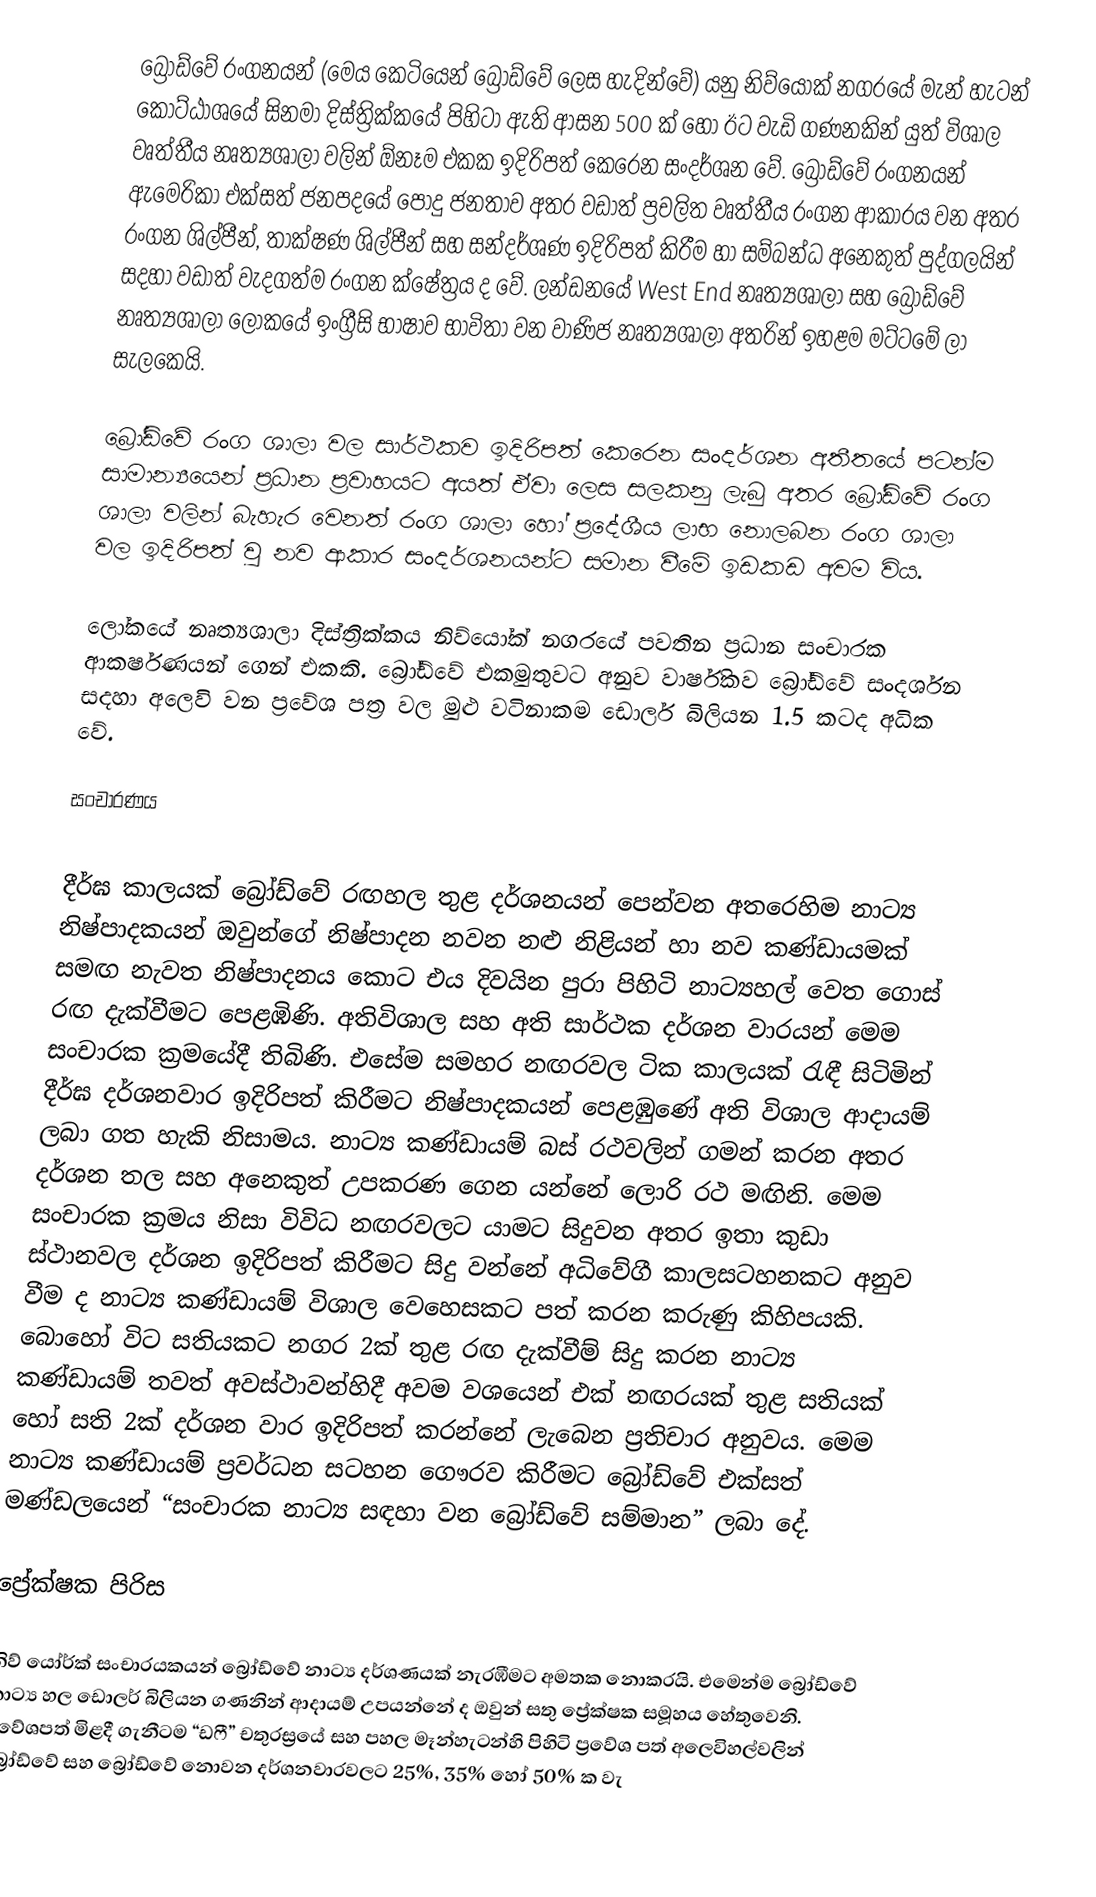
බ්‍රෝඩ්වේ රංගනයන් (මෙය කෙටියෙන් බ්‍රෝඩ්වේ ලෙස හැදින්වේ) යනු නිව්යෝක් නගරයේ මැන් හැටන් කොට්ඨාශයේ සිනමා දිස්ත්‍රික්කයේ පිහිටා ඇති ආසන 500 ක් හෝ ඊට වැඩි ගණනකින් යුත් විශාල වෘත්තීය නෘත්‍යශාලා වලින් ඕනෑම එකක ඉදිරිපත් කෙරෙන සංදර්ශන වේ. බ්‍රෝඩ්වේ රංගනයන් ඇමෙරිකා එක්සත් ජනපදයේ පොදු ජනතාව අතර වඩාත් ප්‍රචලිත වෘත්තීය රංගන ආකාරය වන අතර රංගන ශිල්පීන්, තාක්ෂණ ශිල්පීන් සහ සන්දර්ශණ ඉදිරිපත් කිරීම හා සම්බන්ධ අනෙකුත් පුද්ගලයින් සදහා වඩාත් වැදගත්ම රංගන ක්ෂේත්‍රය ද වේ. ලන්ඩනයේ West End නෘත්‍යශාලා සහ බ්‍රෝඩ්වේ නෘත්‍යශාලා ලෝකයේ ඉංග්‍රීසි භාෂාව භාවිතා වන වාණිජ නෘත්‍යශාලා අතරින් ඉහළම මට්ටමේ ලා සැලකෙයි.

බ්‍රෝඩ්වේ රංග ශාලා වල සාර්ථකව ඉදිරිපත් කෙරෙන සංදර්ශන අතීතයේ පටන්ම සාමාන්‍යයෙන් ප්‍රධාන ප්‍රවාහයට අයත් ඒවා ලෙස සලකනු ලැබු අතර බ්‍රෝඩ්වේ රංග ශාලා වලින් බැහැර වෙනත් රංග ශාලා හෝ ප්‍රදේශීය ලාභ නොලබන රංග ශාලා වල ඉදිරිපත් වු නව ආකාර සංදර්ශනයන්ට සමාන වීමේ ඉඩකඩ අවම විය.

ලෝකයේ නෘත්‍යශාලා දිස්ත්‍රික්කය නිව්යෝක් නගරයේ පවතින ප්‍රධාන සංචාරක ආකර්ෂණයන් ගෙන් එකකි. බ්‍රෝඩ්වේ එකමුතුවට අනුව වාර්ෂිකව බ්‍රෝඩ්වේ සංදර්ශන සදහා අලෙවි වන ප්‍රවේශ පත්‍ර වල මුළු වටිනාකම ඩොලර් බිලියන 1.5 කටද අධික වේ.

සංචාරණය

දීර්ඝ කාලයක් බ්‍රෝඩ්වේ රඟහල තුළ දර්ශනයන් පෙන්වන අතරෙහිම නාට්‍ය නිෂ්පාදකයන් ඔවුන්ගේ නිෂ්පාදන නවන නළු නිළියන් හා නව කණ්ඩායමක් සමඟ නැවත නිෂ්පාදනය කොට එය දිවයින පුරා පිහිටි නාට්‍යහල් වෙත ගොස් රඟ දැක්වීමට පෙළඹිණි. අතිවිශාල සහ අති සාර්ථක දර්ශන වාරයන් මෙම සංචාරක ක්‍රමයේදී තිබිණි. එසේම සමහර නඟරවල ටික කාලයක් රැඳී සිටිමින් දීර්ඝ දර්ශනවාර ඉදිරිපත් කිරීමට නිෂ්පාදකයන් පෙළඹුණේ අති විශාල ආදායම් ලබා ගත හැකි නිසාමය. නාට්‍ය කණ්ඩායම් බස් රථවලින් ගමන් කරන අතර දර්ශන තල සහ අනෙකුත් උපකරණ ගෙන යන්නේ ලොරි රථ මඟිනි. මෙම සංචාරක ක්‍රමය නිසා විවිධ නඟරවලට යාමට සිදුවන අතර ඉතා කුඩා ස්ථානවල දර්ශන ඉදිරිපත් කිරීමට සිදු වන්නේ අධිවේගී කාලසටහනකට අනුව වීම ද නාට්‍ය කණ්ඩායම් විශාල වෙහෙසකට පත් කරන කරුණු කිහිපයකි. බොහෝ විට සතියකට නගර 2ක් තුළ රඟ දැක්වීම් සිදු කරන නාට්‍ය කණ්ඩායම් තවත් අවස්ථාවන්හිදී අවම වශයෙන් එක් නඟරයක් තුළ සතියක් හෝ සති 2ක් දර්ශන වාර ඉදිරිපත් කරන්නේ ලැබෙන ප්‍රතිචාර අනුවය. මෙම නාට්‍ය කණ්ඩායම් ප්‍රවර්ධන සටහන ගෞරව කිරීමට බ්‍රෝඩ්වේ එක්සත් මණ්ඩලයෙන් “සංචාරක නාට්‍ය සඳහා වන බ්‍රෝඩ්වේ සම්මාන” ලබා දේ.

ප්‍රේක්ෂක පිරිස

නිව් යෝර්ක් සංචාරයකයන් බ්‍රෝඩ්වේ නාට්‍ය දර්ශණයක් නැරඹීමට අමතක නොකරයි. එමෙන්ම බ්‍රෝඩ්වේ නාට්‍ය හල ඩොලර් බිලියන ගණනින් ආදායම් උපයන්නේ ද ඔවුන් සතු ප්‍රේක්ෂක සමූහය හේතුවෙනි. ප්‍රවේශපත් මිළදී ගැනීටම “ඩෆී” චතුරස්‍රයේ සහ පහල මෑන්හැටන්හි පිහිටි ප්‍රවේශ පත් අලෙවිහල්වලින් බ්‍රෝඩ්වේ සහ බ්‍රෝඩ්වේ නොවන දර්ශනවාරවලට 25%, 35% හෝ 50% ක වැ